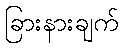
ခြားနားချက်